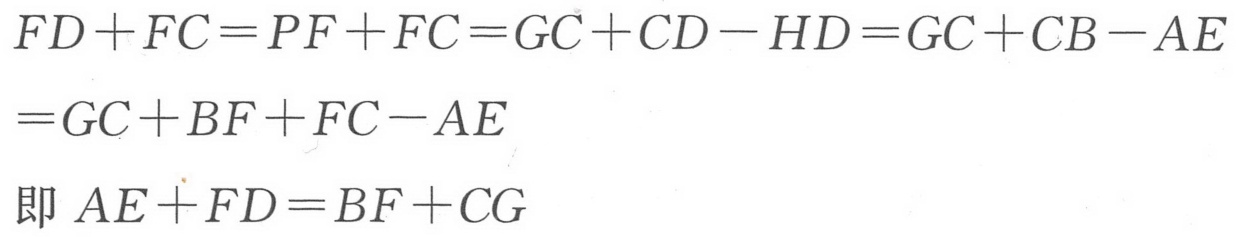
\[\begin{align*}
FD + FC&=PF + FC=GC + CD - HD=GC + CB - AE\\
&=GC + BF + FC - AE
\end{align*}\]
即 \(AE + FD=BF + CG\)